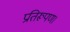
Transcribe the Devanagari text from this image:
प्रतिरूपण।